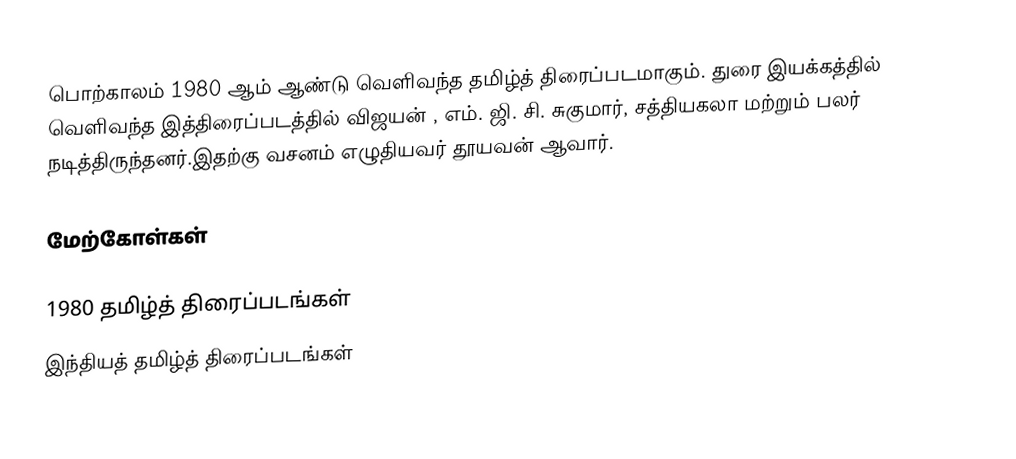
பொற்காலம் 1980 ஆம் ஆண்டு வெளிவந்த தமிழ்த் திரைப்படமாகும். துரை இயக்கத்தில் வெளிவந்த இத்திரைப்படத்தில் விஜயன் , எம். ஜி. சி. சுகுமார், சத்தியகலா மற்றும் பலர் நடித்திருந்தனர்.இதற்கு வசனம் எழுதியவர் தூயவன் ஆவார்.

மேற்கோள்கள்

1980 தமிழ்த் திரைப்படங்கள்
இந்தியத் தமிழ்த் திரைப்படங்கள்